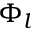
\Phi _ { l }